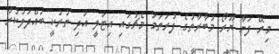
މިރޭ ފަށާ ޔޫރޯ މުބާރާތުގެ ފުރަތަމަ މެޗުގައި އިޓަލީ އަދި ތުރުކީ ބައްދަލުކުރާ